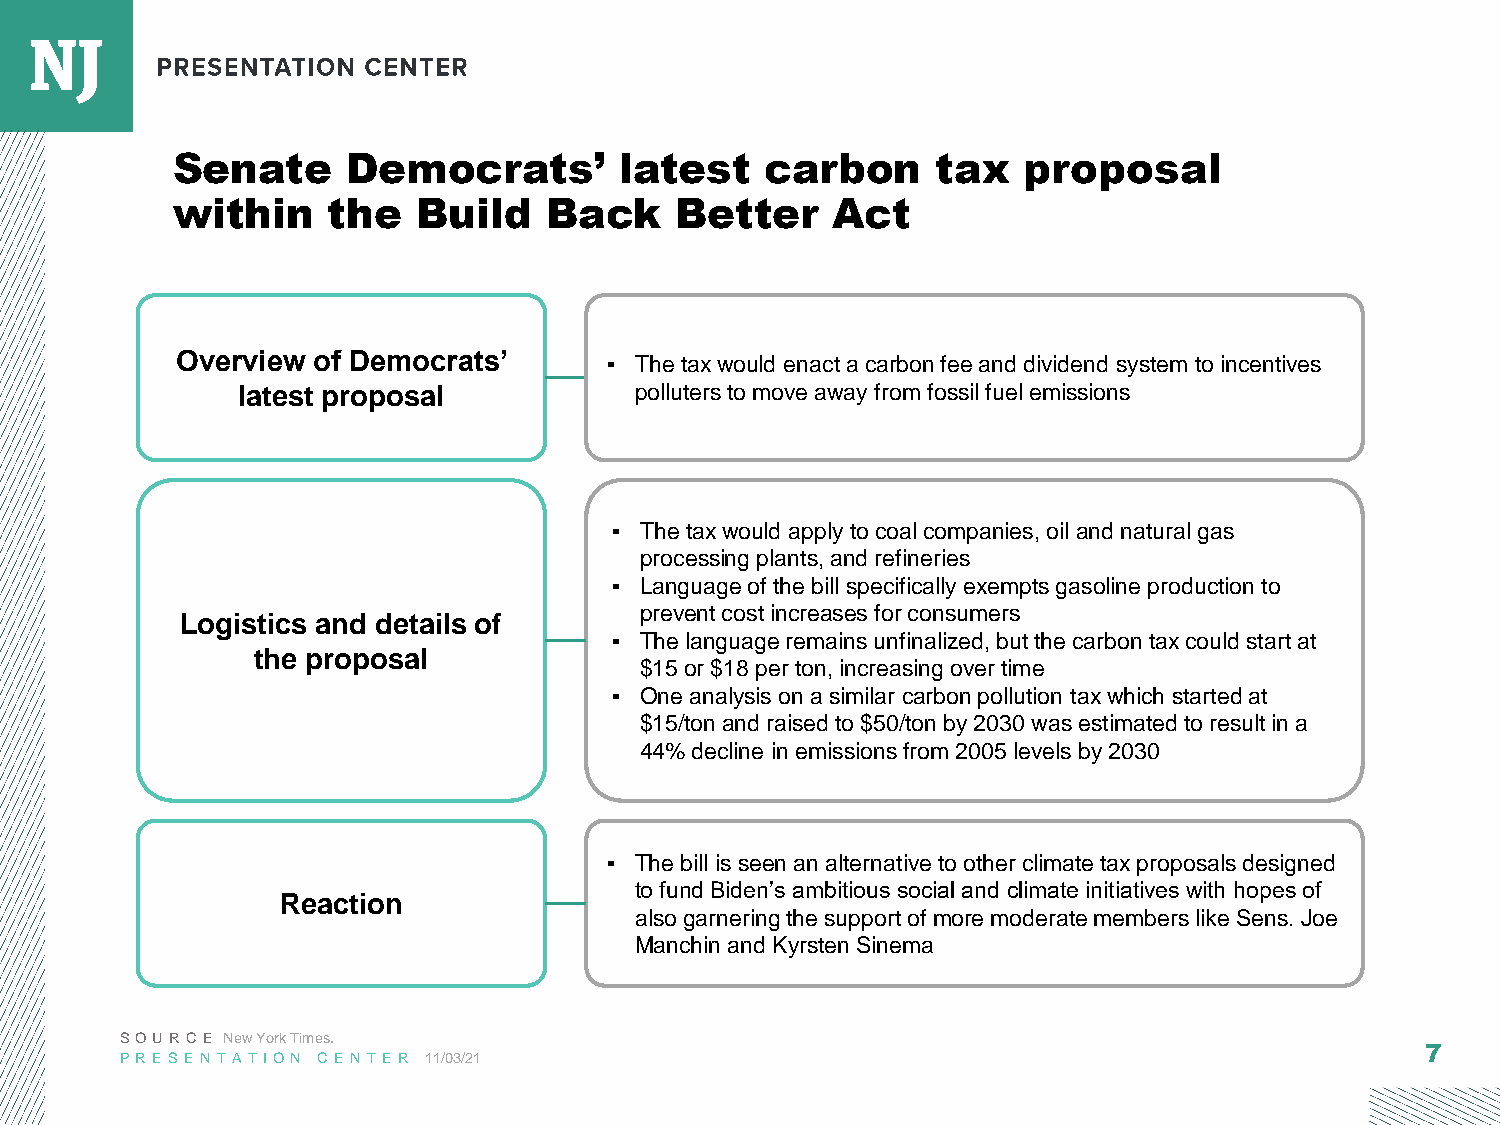
Senate      Democrats’        latest    carbon     tax   proposal
 within     the   Build   Back     Better    Act
 Overview of Democrats’
 ▪ The tax would enact a carbon fee and dividend system to incentives
 latest proposal           polluters to move away from fossil fuel emissions
 ▪ The tax would apply to coal companies, oil and natural gas
 processing plants, and refineries
 ▪ Language of the bill specifically exempts gasoline production to
 prevent cost increases for consumers
 Logistics and details of
 ▪ The language remains unfinalized, but the carbon tax could start at
 the proposal
 $15 or $18 per ton, increasing over time
 ▪ One analysis on a similar carbon pollution tax which started at
 $15/ton and raised to $50/ton by 2030 was estimated to result in a
 44% decline in emissions from 2005 levels by 2030
 ▪ The bill is seen an alternative to other climate tax proposals designed
 to fund Biden’s ambitious social and climate initiatives with hopes of
 Reaction
 also garnering the support of more moderate members like Sens. Joe
 Manchin and Kyrsten Sinema
 S OU R C E New York Times.
 7
 P R E S E N T AT ION C E N T E R 11/03/21